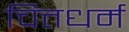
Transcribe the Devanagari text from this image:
चित्तधर्म